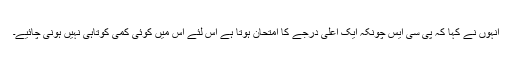
انہوں نے کہا کہ پی سی ایس چونکہ ایک اعلٰی درجے کا امتحان ہوتا ہے اس لئے اس میں کوئی کمی کوتاہی نہیں ہونی چائیے۔